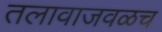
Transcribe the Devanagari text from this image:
तलावाजवळच